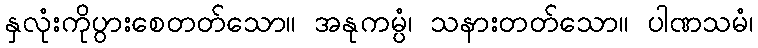
နှလုံးကိုပွားစေတတ်သော။ အနုကမ္ပံ၊ သနားတတ်သော။ ပါဏသမံ၊